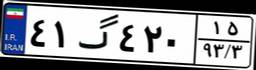
۴۱گ۴۲۰۱۵